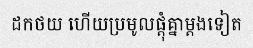
ដកថយ ហើយប្រមូលផ្តុំគ្នាម្តងទៀត